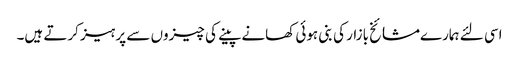
اسی لئے ہمارےمشائخ بازار کی بنی ہوئی کھانے پینے کی چیزوں سے پرہیز کرتے ہیں۔